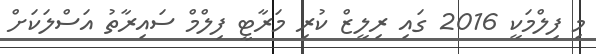
މި ފިލްމަކީ 2016 ގައި ރިލީޒް ކުރި މަރާޓީ ފިލްމް ސައިރާތު އަސްލަކަށް